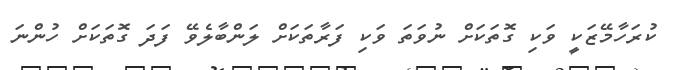
ކުރަހާމޭޒަކީ ވަކި ގޮތަކަށް ނުވަތަ ވަކި ފަރާތަކަށް ލަންބާލެވޭ ފަދަ ގޮތަކަށް ހުންނަ